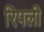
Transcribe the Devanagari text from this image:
रिपली